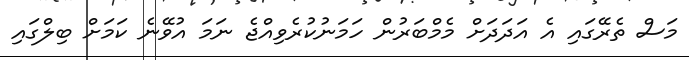
މަސް ތެރޭގައި އެ އަދަދަށް މެމްބަރުން ހަމަނުކުރެވިއްޖެ ނަމަ އުވޭނެ ކަމަށް ބިލްގައި